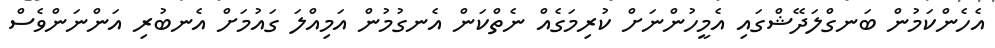
އެހެންކަމުން ބަނގްލަދޭޝްގައި އެމީހުންނަށް ކުރިމަގެއް ނެތްކަން އެނގުމުން އަމިއްލަ ގައުމަށް އެނބުރި އަންނަންވެސް